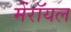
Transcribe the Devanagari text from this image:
मेंरॉयल